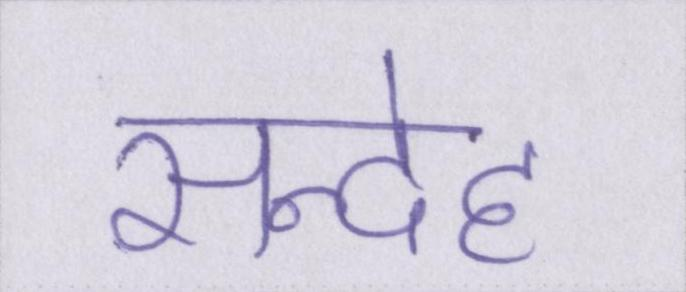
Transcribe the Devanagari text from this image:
सन्देह